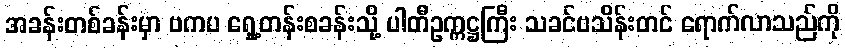
အခန်းတစ်ခန်းမှာ ဗကပ ရှေ့တန်းစခန်းသို့ ပါတီဥက္ကဋ္ဌကြီး သခင်ဗသိန်းတင် ရောက်လာသည်ကို